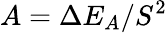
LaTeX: A=\Delta E_{A}/S^{2}